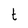
Character: t